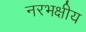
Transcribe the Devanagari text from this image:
नरभक्षीय